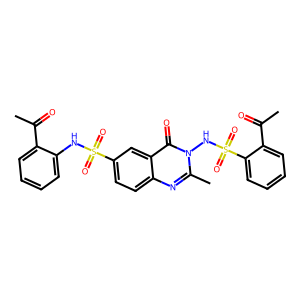
SMILES: CC(=O)c1ccccc1NS(=O)(=O)c1ccc2nc(C)n(NS(=O)(=O)c3ccccc3C(C)=O)c(=O)c2c1
Inhibits HIV replication: No